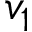
v _ { 1 }